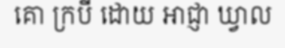
គោ ក្របី ដោយ អាជ្ញា ឃ្វាល